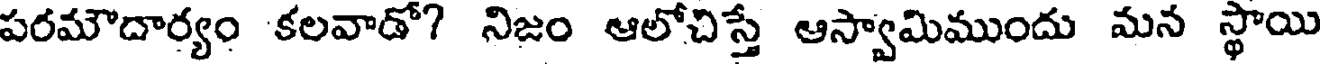
పరమౌదార్యం కలవాడో? నిజం ఆలోచిస్తే ఆస్వామిముందు మన స్థాయి